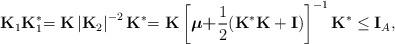
LaTeX: \begin{align*}\mathbf{K}_{1}\mathbf{K}_{1}^{\ast }\mathbf{=K}\left\vert \mathbf{K}_{2}\right\vert ^{-2}\mathbf{K}^{\ast }\mathbf{=K}\left[ \boldsymbol{\mu +}\frac{ 1}{2}\mathbf{(\mathbf{K}^{\ast }K+I)}\right] ^{-1}\mathbf{K}^{\ast }\leq \mathbf{I}_{A}, \end{align*}